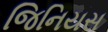
જિનિયસ